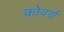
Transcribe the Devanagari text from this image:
कोवर्स